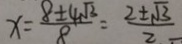
x = \frac { 8 \pm 4 \sqrt { 3 } } { 8 } = \frac { 2 \pm \sqrt { 3 } } { 2 }